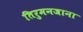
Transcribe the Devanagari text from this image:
तिरुमनजाना